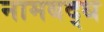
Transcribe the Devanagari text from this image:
नामबद्ध